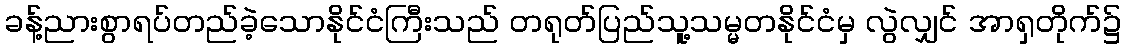
ခန့်ညားစွာရပ်တည်ခဲ့သောနိုင်ငံကြီးသည် တရုတ်ပြည်သူ့သမ္မတနိုင်ငံမှ လွဲလျှင် အာရှတိုက်၌